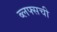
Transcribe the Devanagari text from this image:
ब्लफ्सची